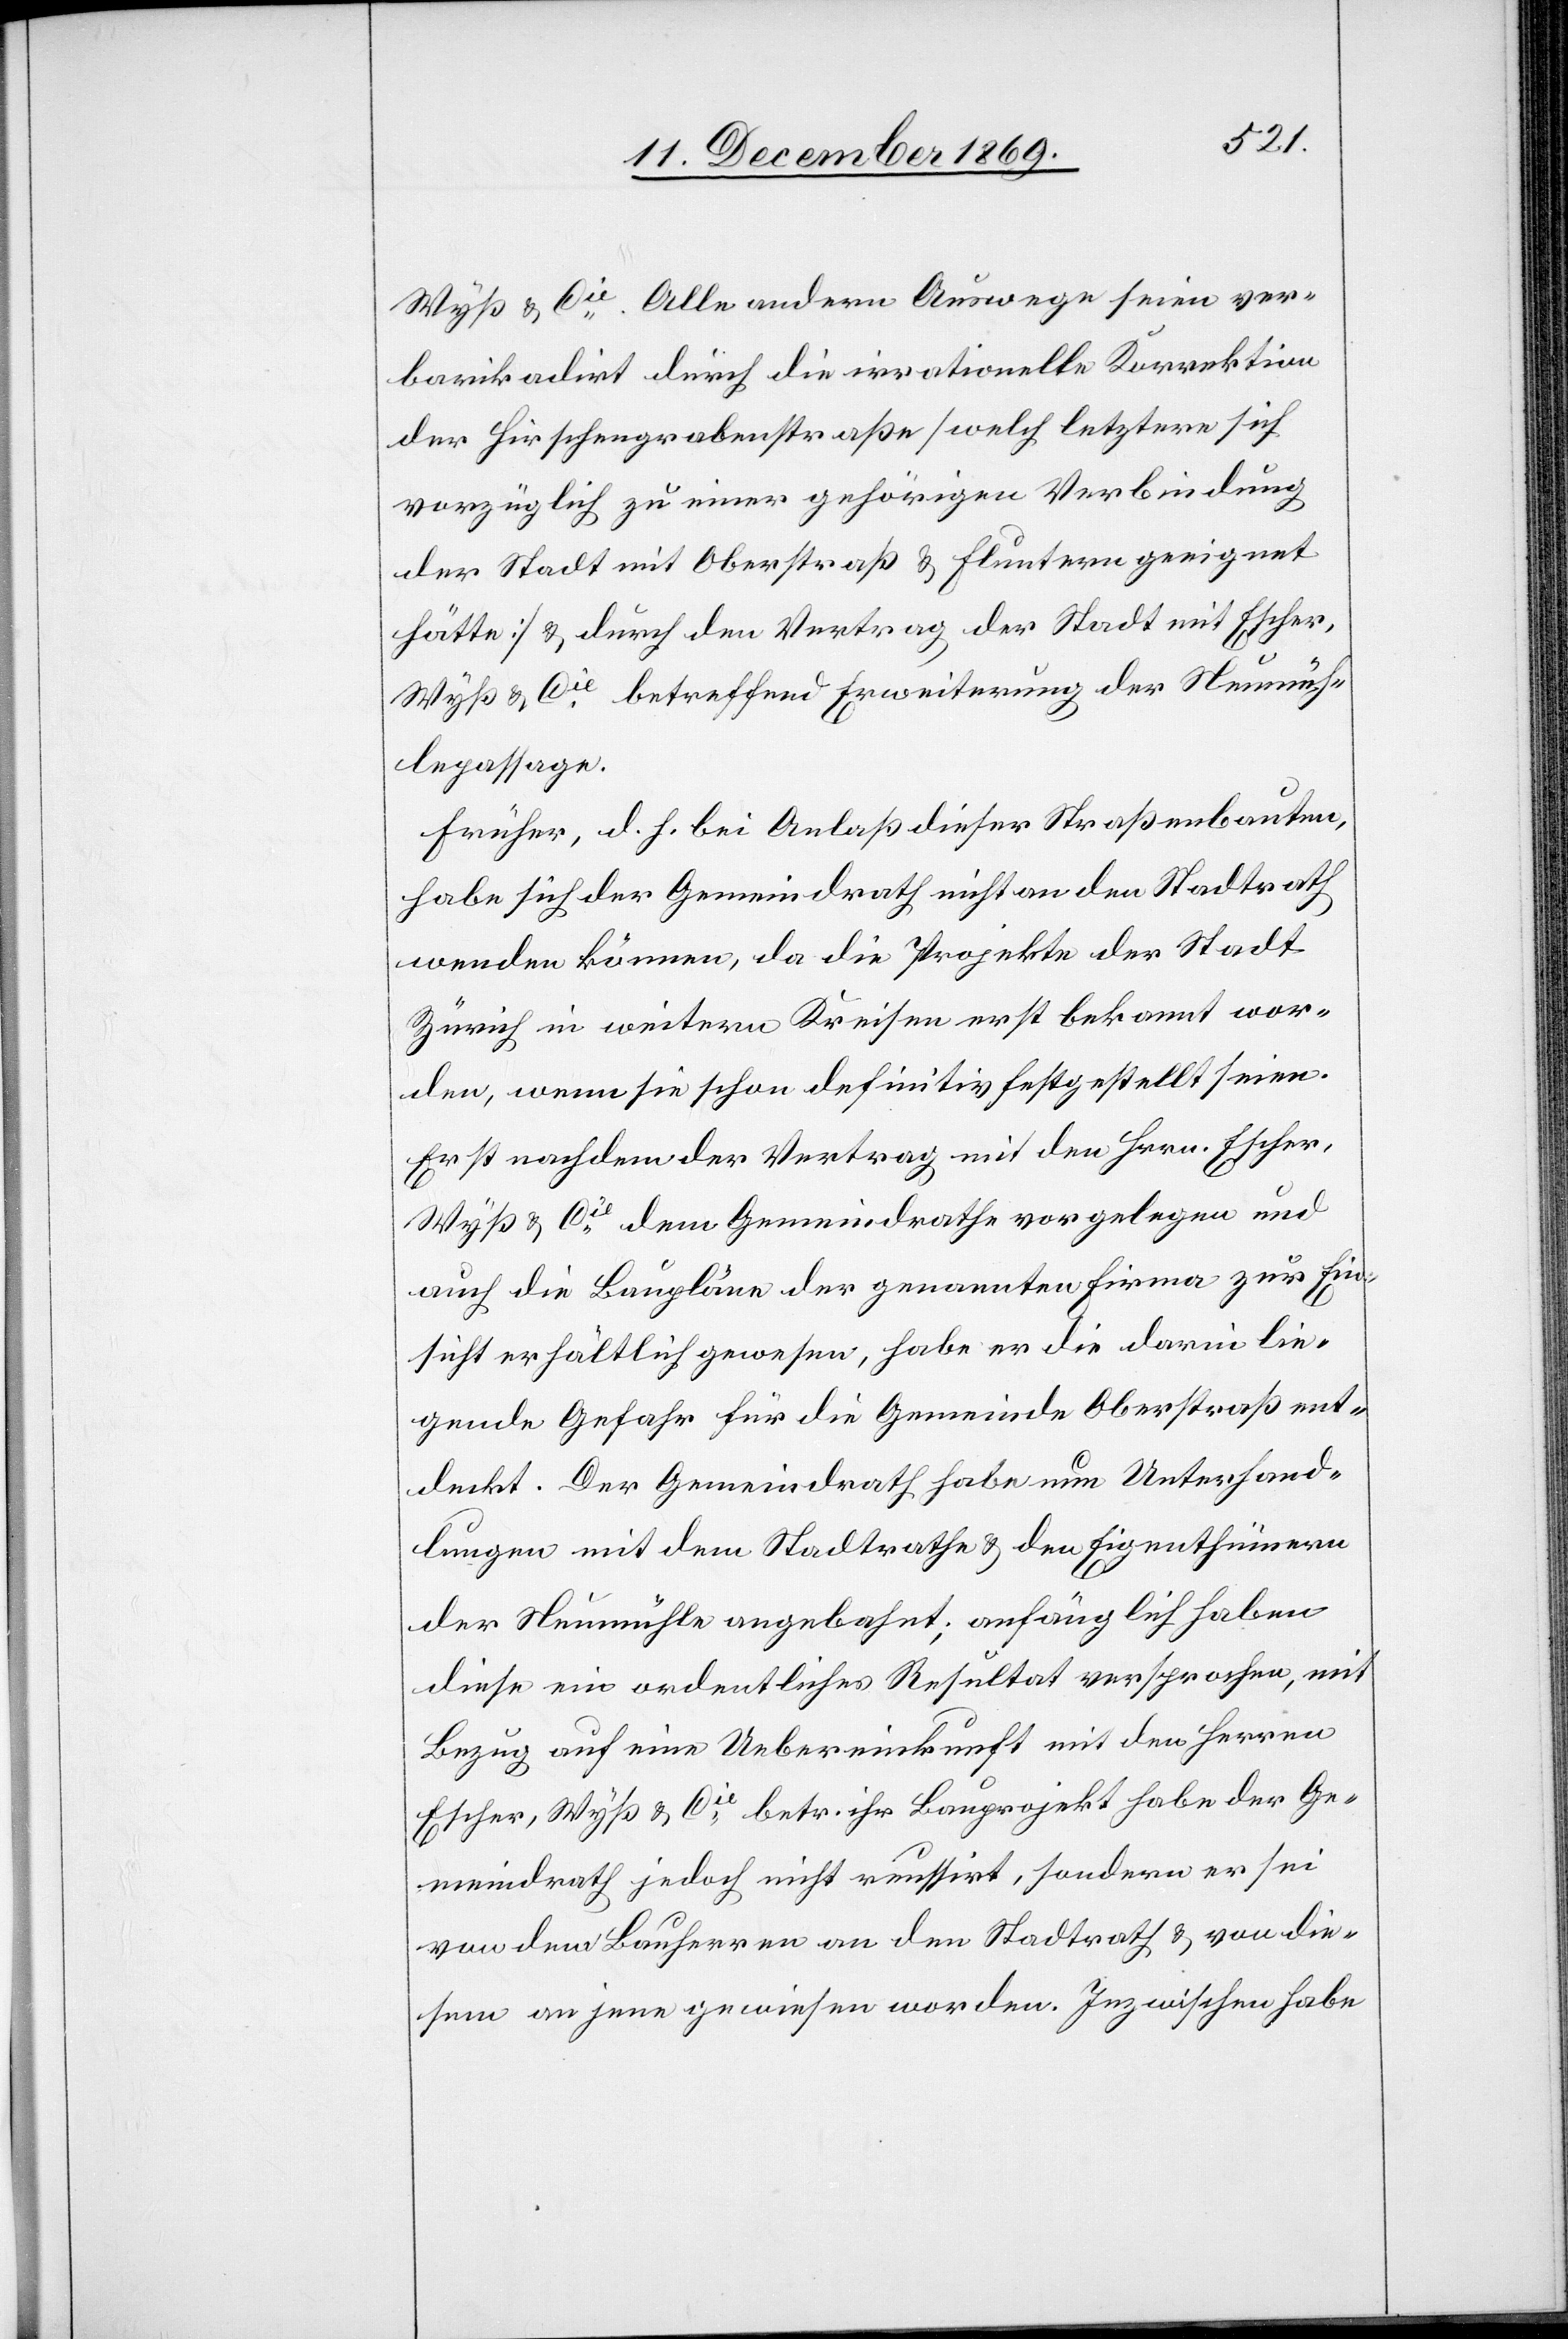
Wyß & Cie. Alle andern Auswege seien ver¬
barikadirt durch die irrationelle Korrektion
der Hirschengrabenstraße [welch letztere sich
vorzüglich zu einer gehörigen Verbindung
der Stadt mit Oberstraß & Fluntern geeignet
hätte] & durch den Vertrag der Stadt mit Escher,
Wyß & Cie betreffend Erweiterung der Neumüh¬
lepassage.
Früher, d. h. bei Anlaß dieser Straßenbauten,
habe sich der Gemeindrath nicht an den Stadtrath
wenden können, da die Projekte der Stadt
Zürich in weitern Kreisen erst bekannt wor¬
den, wenn sie schon definitiv festgestellt seien.
Erst nachdem der Vertrag mit den Hrrn. Escher,
Wyß & Cie dem Gemeindrathe vorgelegen und
auch die Baupläne der genannten Firma zur Ein¬
sicht erhältlich gewesen, habe er die darin lie¬
gende Gefahr für die Gemeinde Oberstraß ent¬
deckt. Der Gemeindrath habe nun Unterhand¬
lungen mit dem Stadtrathe & den Eigenthümern
der Neumühle angebahnt; anfänglich haben
diese ein ordentliches Resultat versprochen, mit
Bezug auf eine Uebereinkunft mit den Herren
Escher, Wyß & Cie betr. ihr Bauprojekt habe der Ge¬
meindrath jedoch nicht reussirt, sondern er sei
von dem Bauherren an den Stadtrath & von die¬
sem an jene gewiesen worden. Inzwischen habe